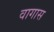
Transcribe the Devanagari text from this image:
वागास